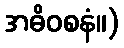
အဓိဝစနံ။)